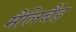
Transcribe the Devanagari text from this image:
मैलिबैंड